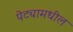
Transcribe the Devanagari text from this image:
पेट्यामधील